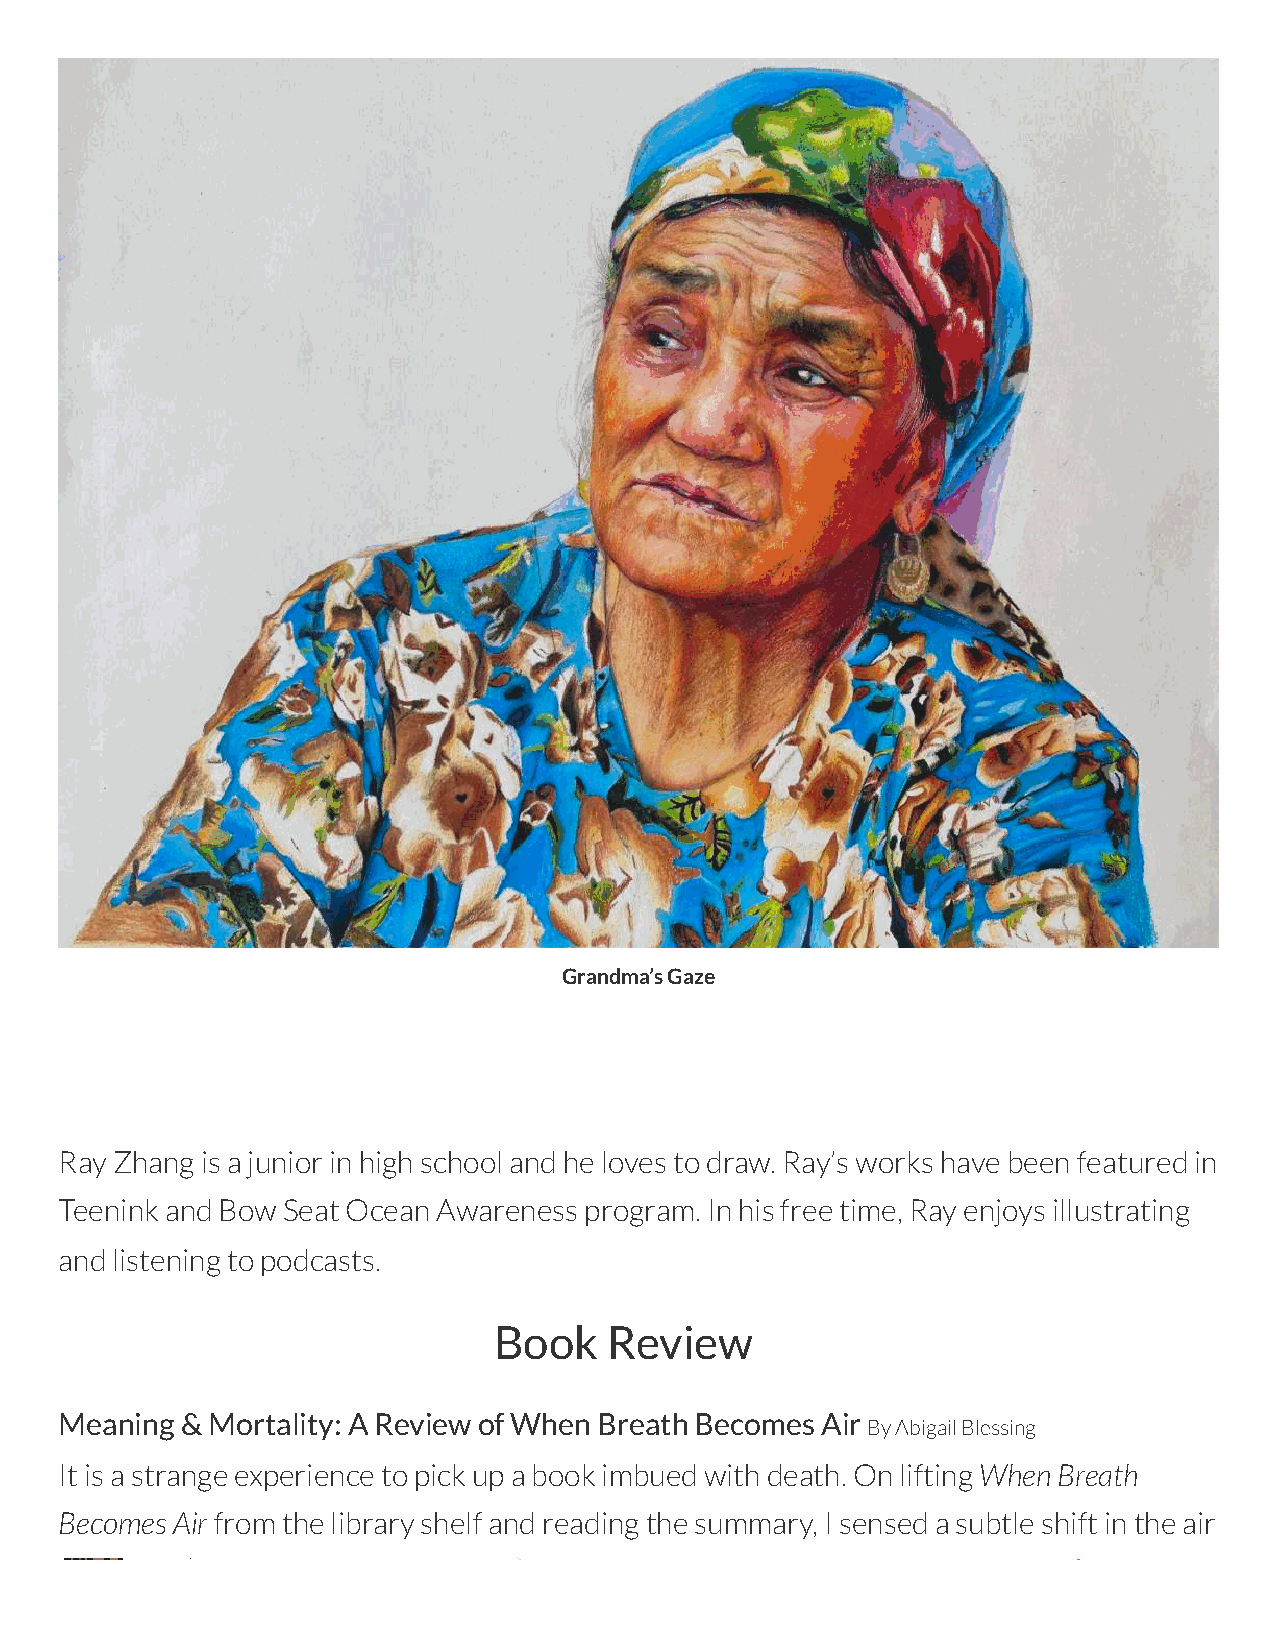
Grandma’s Gaze
 Ray Zhang is a junior in high school and he loves to draw. Ray’s works have been featured in
 Teenink and Bow Seat Ocean Awareness program. In his free time, Ray enjoys illustrating
 and listening to podcasts.
 Book   Review
 Meaning & Mortality: A Review of When Breath Becomes Air
 By Abigail Blessing
 It is a strange experience to pick up a book imbued with death. On lifting When Breath
 Becomes Air from the library shelf and reading the summary, I sensed a subtle shift in the air